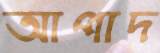
আপাদ